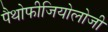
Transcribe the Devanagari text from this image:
पैथोफीजियोलोजी